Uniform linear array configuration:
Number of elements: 48
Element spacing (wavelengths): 0.25
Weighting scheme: cosine
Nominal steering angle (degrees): -30
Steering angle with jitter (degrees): -30.559
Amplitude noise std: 0.05
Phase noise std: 0.05

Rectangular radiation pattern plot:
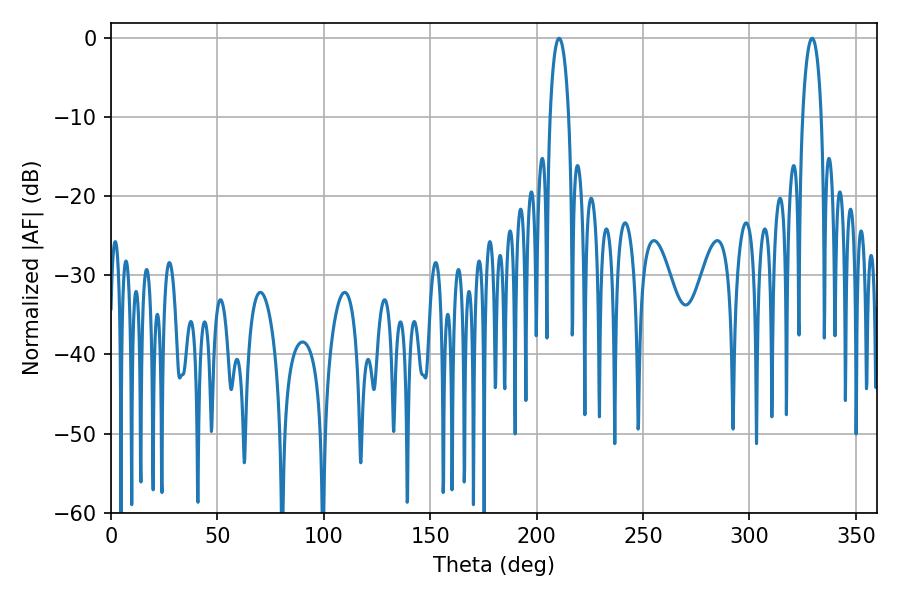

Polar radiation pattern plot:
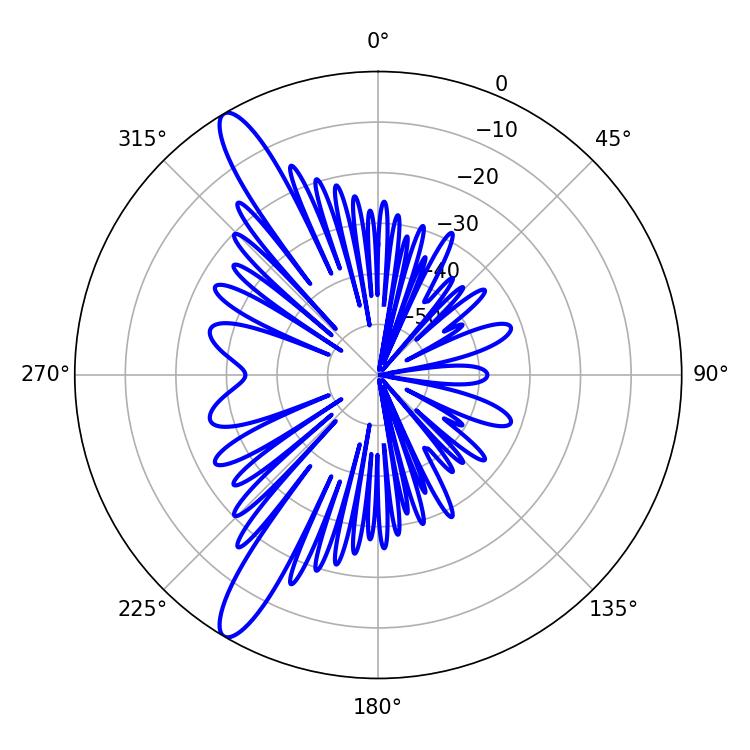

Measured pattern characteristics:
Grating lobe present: FALSE
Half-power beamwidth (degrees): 5.04
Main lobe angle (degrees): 210.6